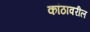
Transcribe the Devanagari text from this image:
कांठावरील